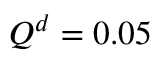
Q ^ { d } = 0 . 0 5